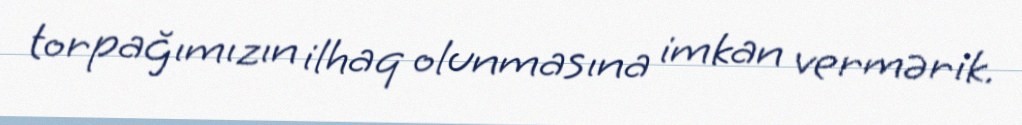
torpağımızın ilhaq olunmasına imkan vermərik.